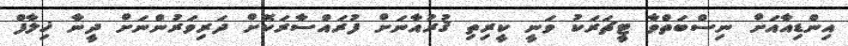
އިންޑިއާއަށް ނިސްބަތްވާ ޓީޗަރަކު ވަނީ ކީރިތި ޤުރުއާނަށް ފުރައްސާރަކޮށް ދަރިވަރުންނަށް ދީނާ ޚިލާފް